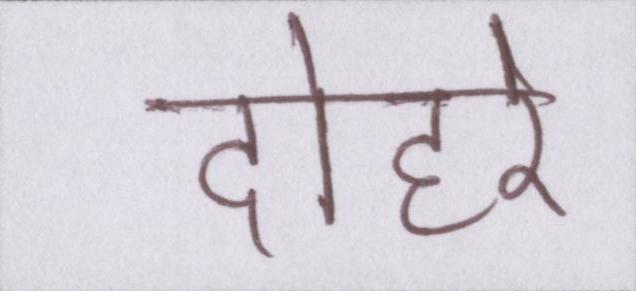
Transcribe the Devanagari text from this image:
दोहरे